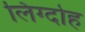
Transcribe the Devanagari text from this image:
लिंग्दोह